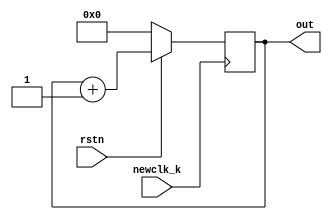
`timescale 1ns / 1ps
//////////////////////////////////////////////////////////////////////////////////
// Company:
// Engineer:
//
// Design Name:
// Module Name:    counter1
// Project Name:
// Target Devices:
// Tool versions:
// Description:
//
// Dependencies:
//
// Revision:
// Revision 0.01 - File Created
// Additional Comments:
//
//////////////////////////////////////////////////////////////////////////////////
module counter1(
input newclk_k,
input rstn,
output reg [7:0]out=0//out1=0
//reg[15:0] timer_in=16'd2,
//reg[0:1] trig=0
);

always @ (posedge newclk_k)
begin
if(rstn==0)
begin
out<=0;
end
else
begin
out<=out+1'b1;
end
end
endmodule